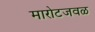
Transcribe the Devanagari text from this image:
मारोटजवळ